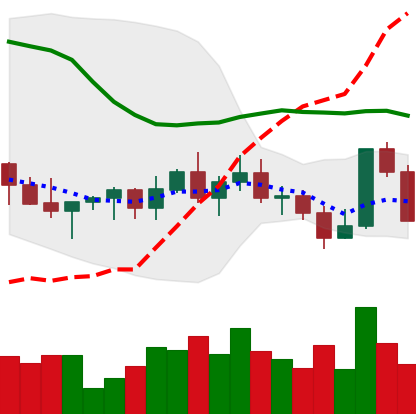
Ticker: XLM-USD
Chart end date: 2022-11-06
Forward return: -12.752%
Label: down_7plus